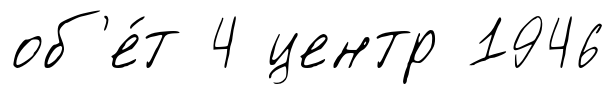
об'е́т 4 центр 1946